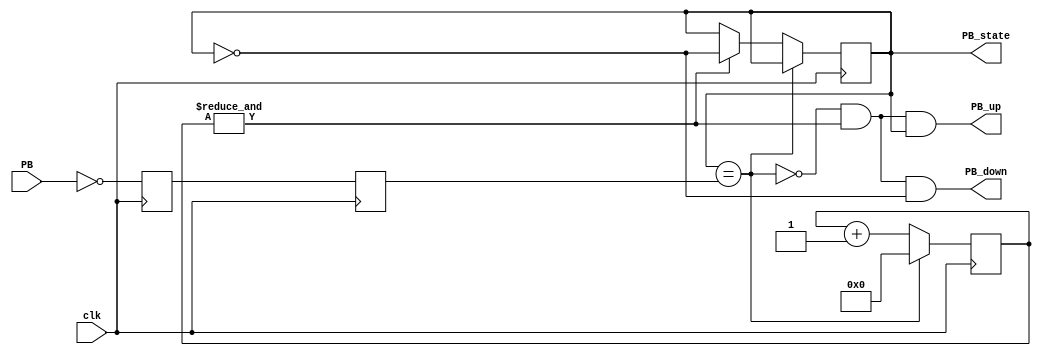
module Debouncer(
    input clk,
    input PB,  // "PB" is the glitchy, asynchronous to clk, active low push-button signal

    // from which we make three outputs, all synchronous to the clock
    output reg PB_state,  // 1 as long as the push-button is active (down)
    output PB_down,  // 1 for one clock cycle when the push-button goes down (i.e. just pushed)
    output PB_up   // 1 for one clock cycle when the push-button goes up (i.e. just released)
);

initial begin
	PB_sync_0 = 1;
	PB_sync_1 = 1;
	PB_cnt = 0;
	PB_state = 1;
end

// First use two flip-flops to synchronize the PB signal the "clk" clock domain
reg PB_sync_0;  always @(posedge clk) PB_sync_0 <= ~PB;  // invert PB to make PB_sync_0 active high
reg PB_sync_1;  always @(posedge clk) PB_sync_1 <= PB_sync_0;

// Next declare a 16-bits counter
reg [15:0] PB_cnt;

// When the push-button is pushed or released, we increment the counter
// The counter has to be maxed out before we decide that the push-button state has changed

wire PB_idle = (PB_state==PB_sync_1);
wire PB_cnt_max = &PB_cnt;	// true when all bits of PB_cnt are 1's

always @(posedge clk)
if(PB_idle)
    PB_cnt <= 0;  // nothing's going on
else
begin
    PB_cnt <= PB_cnt + 16'd1;  // something's going on, increment the counter
    if(PB_cnt_max) PB_state <= ~PB_state;  // if the counter is maxed out, PB changed!
end

assign PB_down = ~PB_idle & PB_cnt_max & ~PB_state;
assign PB_up   = ~PB_idle & PB_cnt_max &  PB_state;
endmodule